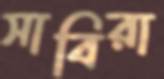
সাবিরা